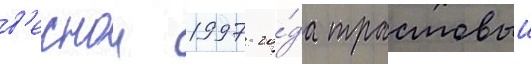
в'еснои 1997 го́да трастовыи